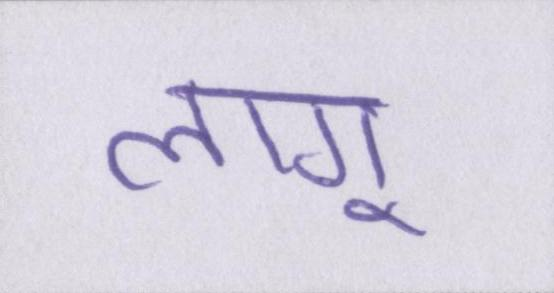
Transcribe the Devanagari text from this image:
लागू